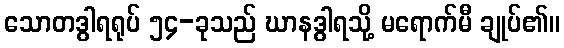
သောတဒွါရရုပ် ၅၄-ခုသည် ဃာနဒွါရသို့ မရောက်မီ ချုပ်၏။